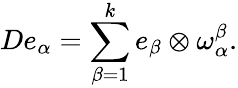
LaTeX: De_{\alpha}=\sum_{\beta=1}^{k}e_{\beta}\otimes\omega_{\alpha}^{\beta}.